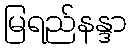
မြရည်နန္ဒာ